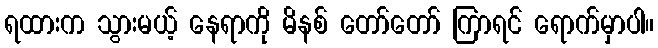
ရထားက သွားမယ့် နေရာကို မိနစ် တော်တော် ကြာရင် ရောက်မှာပါ။